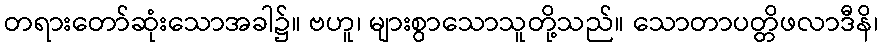
တရားတော်ဆုံးသောအခါ၌။ ဗဟူ၊ များစွာသောသူတို့သည်။ သောတာပတ္တိဖလာဒီနိ၊